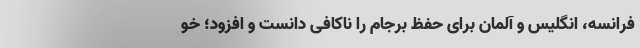
فرانسه، انگلیس و آلمان برای حفظ برجام را ناکافی دانست و افزود؛ خو